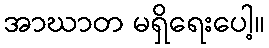
အာဃာတ မရှိရေးပေါ့။